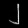
Digit: ၂